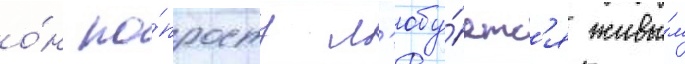
о́н по́просту л'юбу́етс'я живы́м